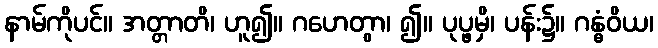
နာမ်ကိုပင်။ အတ္တာတိ၊ ဟူ၍။ ဂဟေတွာ၊ ၍။ ပုပ္ဖမှိ၊ ပန်း၌။ ဂန္ဓံဝိယ၊